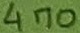
Text: 470